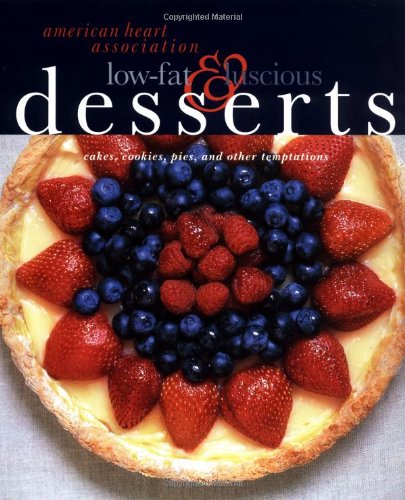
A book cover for American Heart Association Low-Fat & Luscious Desserts: Cakes, Cookies, Pies, and Other Temptations; American Heart Association; Health, Fitness & Dieting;